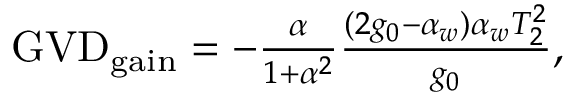
\begin{array} { r } { \mathrm { G V D } _ { \mathrm { g a i n } } = - \frac { \alpha } { 1 + \alpha ^ { 2 } } \frac { ( 2 g _ { 0 } - \alpha _ { w } ) \alpha _ { w } T _ { 2 } ^ { 2 } } { g _ { 0 } } , } \end{array}